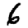
Digit: 6